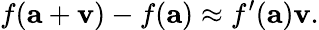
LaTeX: f(\mathbf{a}+\mathbf{v})-f(\mathbf{a})\approx f^{\prime}(\mathbf{a})\mathbf{v}.